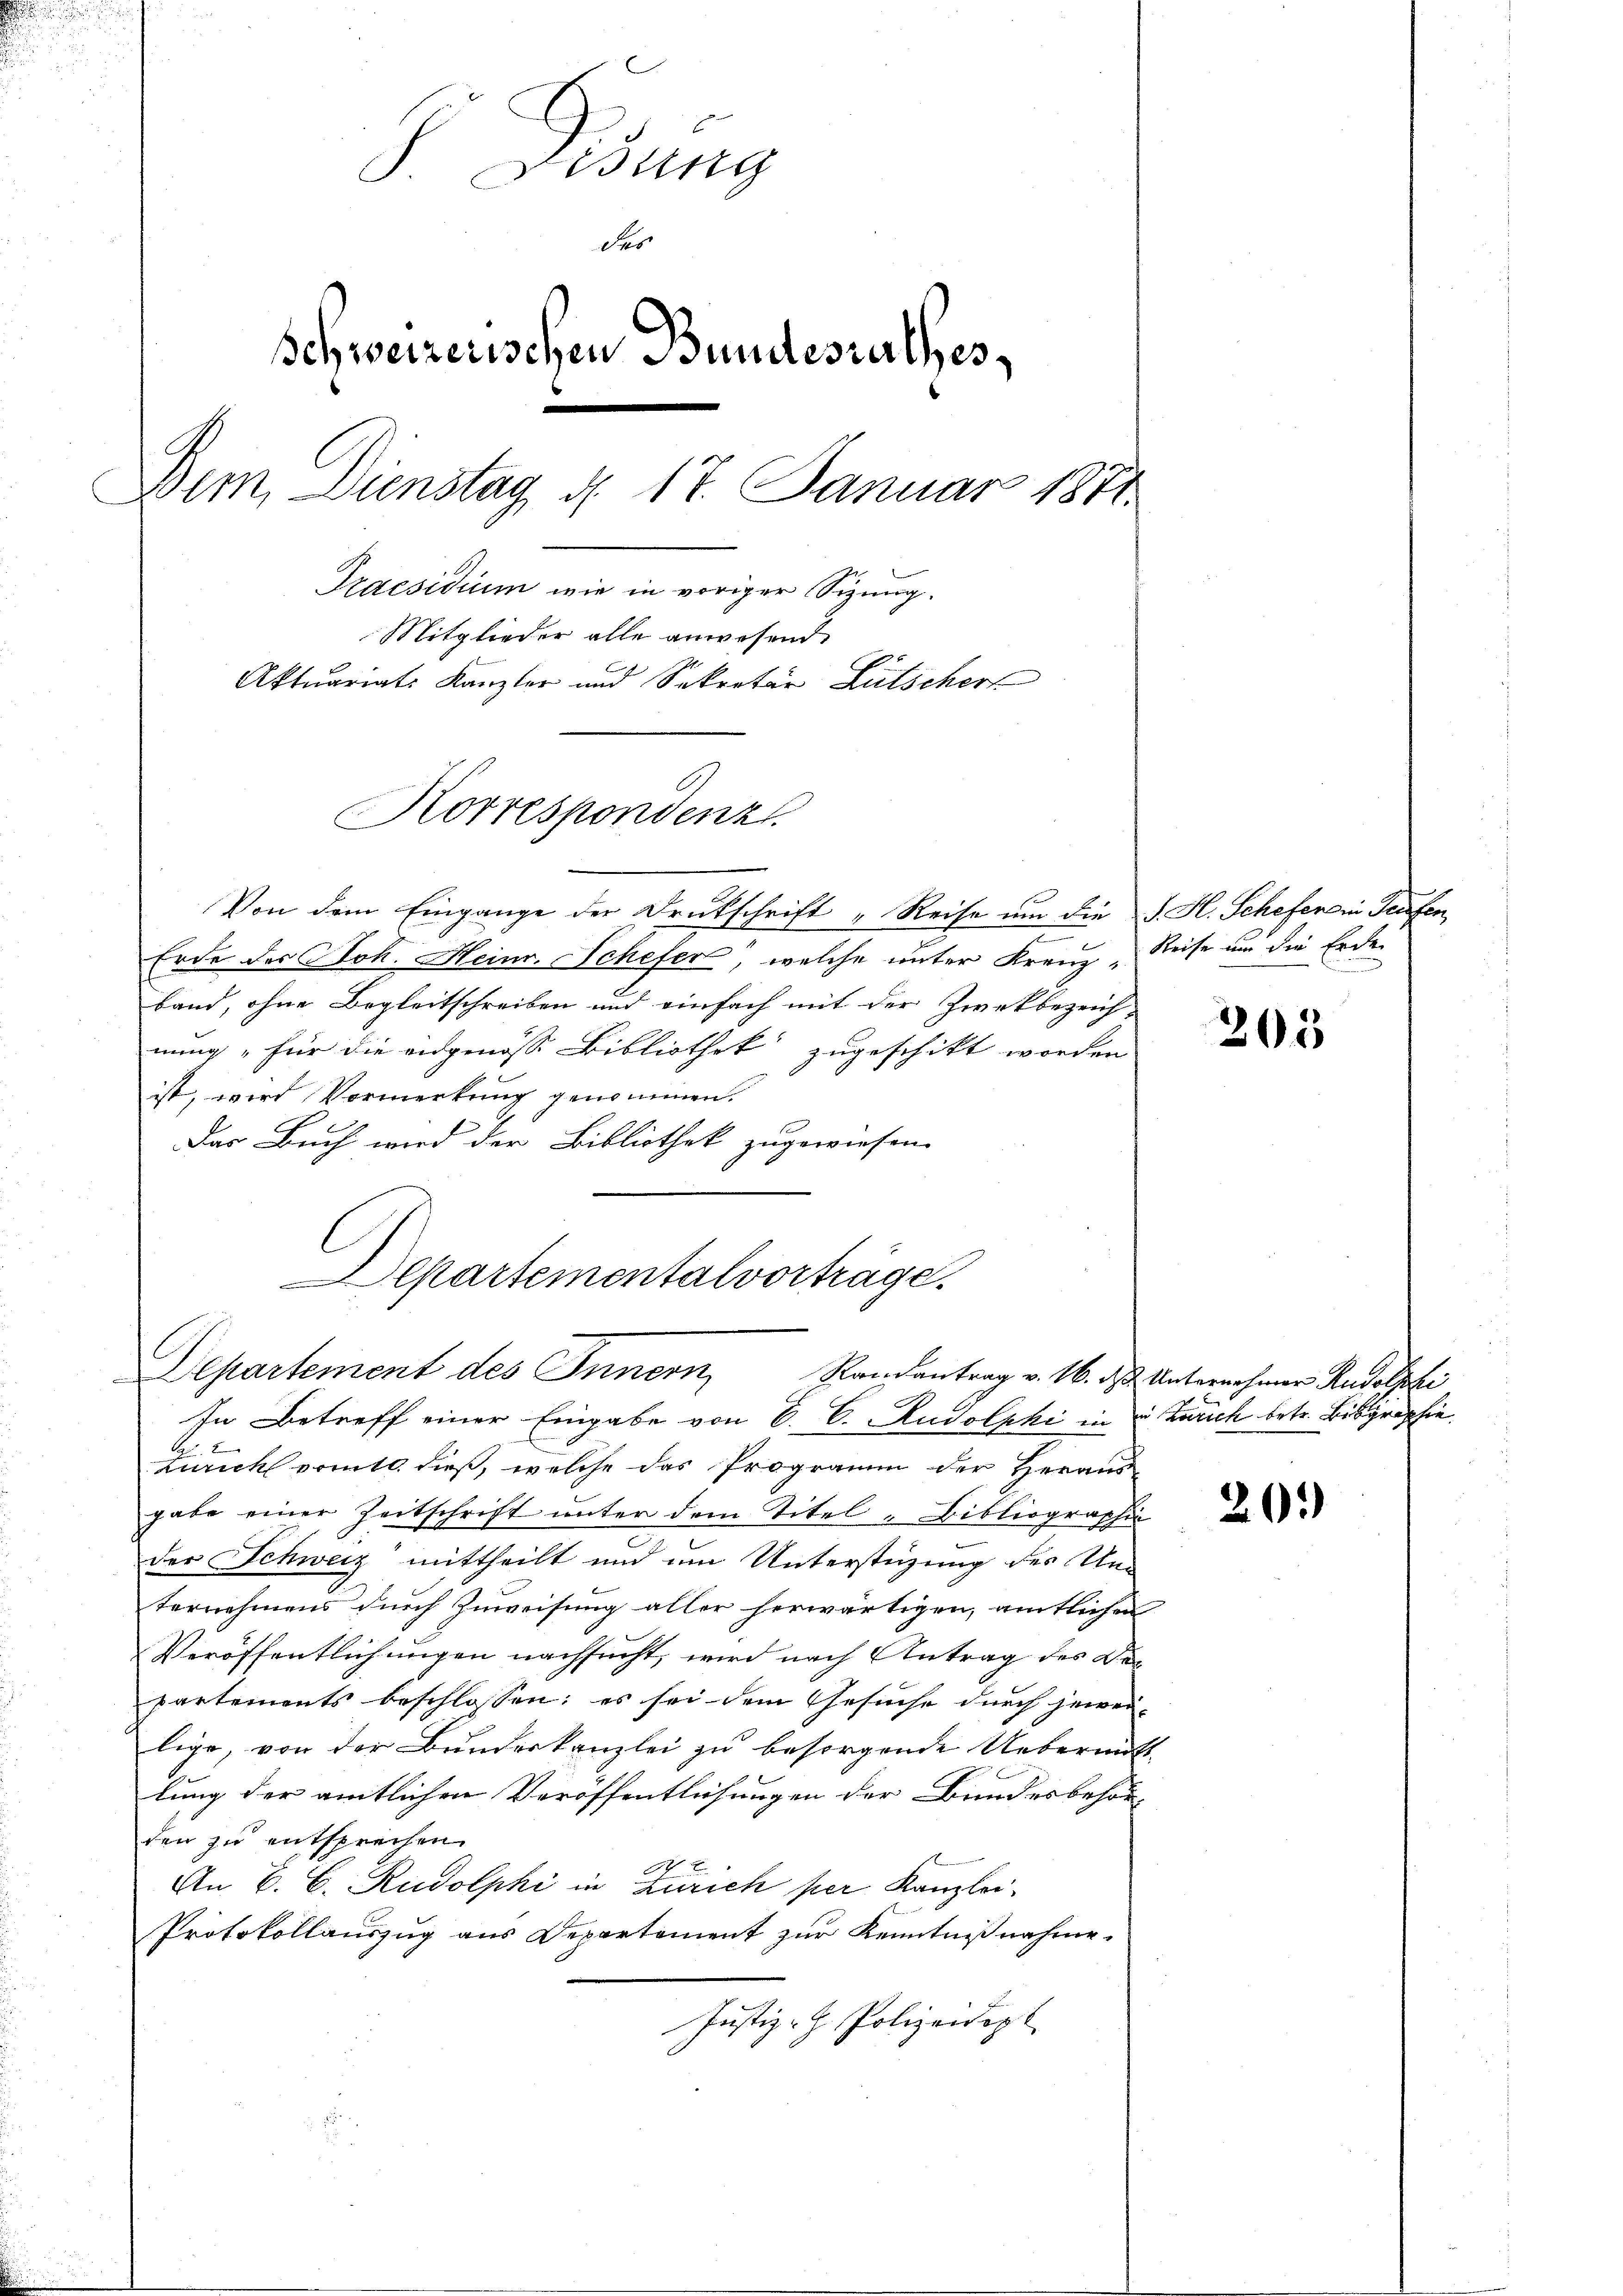
Eisung
des
schweizerischen Bundesrathes,
Dim. Dienstag d. 17. Januar 1871
Praesidium wie in voriger Sizung.
Mitglieder alle anwesend
Aktuariats Kanzler und Sekretär Lütschert

Korrespondenz

Cartementalvorträge.
Departement des Innern Randantrag v. 16. des Unternehmer Rudolphi
In Betreff einer Eingabe von C. C. Rudolphi in in Zürich betr. Bisgraphie

Von dem Eingange der Drukschrift „Reise um die J. H. Scheferein Teufen,
r
Erde des Sok. Heinr. Schefer, welche unter Kranz Reise um die Erde
band, ohne Begleitschreiben und einfach mit der Zweckbezeich-
nung „für die eidgenosse Bibliothek zugeschikt worden
ist, wird Vormerkung genommen.
Das Buch wird der Bibliothek zugewiesen.
A
Zürich vomtl. dieß, welche das Programm der Heraus-
gabe einer Zeitschrift unter dem Titel Bibliographie
der Schweiz mittheilt und um Unterstüzung des Um-
ternehmens durch Zuweisung aller herwärtigen, amtlichen
Veröffentlichungen nachsucht, wird nach Antrag des Be-
partements beschlossen; es sei dem Gesuche durch jewei
lige, von der Bundeskanzlei zu besorgende Uebermitt
lung der amtlichen Veröffentlichungen der Bundesbehör-
den zu entsprechen.
7
An E. E. Rudolphi in Zürich per Kanzlei
Protokollauszug aus Departement zur Kenntnißnahme.
Justiz- & Polizeidept

205

20.)